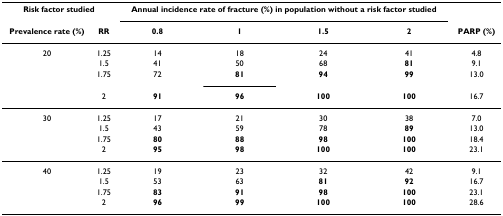
| <COLSPAN=2> Risk factor studied | <COLSPAN=4> Annual incidence rate of fracture (%) in population without a risk factor studied |  |
 | Prevalence rate (%) | RR | 0.8 | 1 | 1.5 | 2 | PARP (%) |
 | --- | --- | --- | --- | --- | --- | --- |
 | 20 | 1.25 | 14 | 18 | 24 | 41 | 4.8 |
 |  | 1.5 | 41 | 50 | 68 | 81 | 9.1 |
 |  | 1.75 | 72 | 81 | 94 | 99 | 13.0 |
 |  | 2 | 91 | 96 | 100 | 100 | 16.7 |
 | 30 | 1.25 | 17 | 21 | 30 | 38 | 7.0 |
 |  | 1.5 | 43 | 59 | 78 | 89 | 13.0 |
 |  | 1.75 | 80 | 88 | 98 | 100 | 18.4 |
 |  | 2 | 95 | 98 | 100 | 100 | 23.1 |
 | 40 | 1.25 | 19 | 23 | 32 | 42 | 9.1 |
 |  | 1.5 | 53 | 63 | 81 | 92 | 16.7 |
 |  | 1.75 | 83 | 91 | 98 | 100 | 23.1 |
 |  | 2 | 96 | 99 | 100 | 100 | 28.6 |